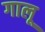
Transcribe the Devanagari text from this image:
गालू